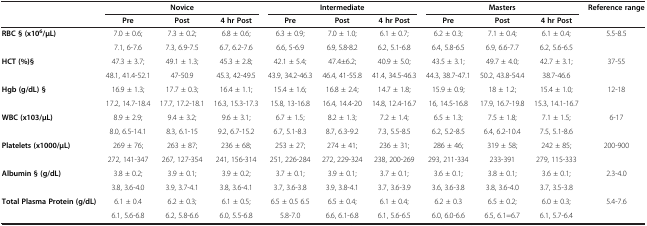
<table><thead><tr><td><b> </b></td><td><b> </b></td><td><b>Novice</b></td><td><b> </b></td><td><b> </b></td><td><b>Intermediate</b></td><td><b> </b></td><td><b> </b></td><td><b>Masters</b></td><td><b> </b></td><td><b>Reference range</b></td></tr><tr><td><b> </b></td><td><b>Pre</b></td><td><b>Post</b></td><td><b>4 hr Post</b></td><td><b>Pre</b></td><td><b>Post</b></td><td><b>4 hr Post</b></td><td><b>Pre</b></td><td><b>Post</b></td><td><b>4 hr Post</b></td><td><b> </b></td></tr></thead><tbody><tr><td rowspan="2"><b>RBC § (x10</b><sup><b>6</b></sup><b>/μL)</b></td><td>7.0 ± 0.6;</td><td>7.3 ± 0.2;</td><td>6.8 ± 0.6;</td><td>6.3 ± 0.9;</td><td>7.0 ± 1.0;</td><td>6.1 ± 0.7;</td><td>6.2 ± 0.3;</td><td>7.1 ± 0.4;</td><td>6.1 ± 0.4;</td><td rowspan="2">5.5-8.5</td></tr><tr><td>7.1, 6-7.6</td><td>7.3, 6.9-7.5</td><td>6.7, 6.2-7.6</td><td>6.6, 5-6.9</td><td>6.9, 5.8-8.2</td><td>6.2, 5.1-6.8</td><td>6.4, 5.8-6.5</td><td>6.9, 6.6-7.7</td><td>6.2, 5.6-6.5</td></tr><tr><td rowspan="2"><b>HCT (%)§</b></td><td>47.3 ± 3.7;</td><td>49.1 ± 1.3;</td><td>45.3 ± 2.8;</td><td>42.1 ± 5.4;</td><td>47.4±6.2;</td><td>40.9 ± 5.0;</td><td>43.5 ± 3.1;</td><td>49.7 ± 4.0;</td><td>42.7 ± 3.1;</td><td rowspan="2">37-55</td></tr><tr><td>48.1, 41.4-52.1</td><td>47-50.9</td><td>45.3, 42-49.5</td><td>43.9, 34.2-46.3</td><td>46.4, 41-55.8</td><td>41.4, 34.5-46.3</td><td>44.3, 38.7-47.1</td><td>50.2, 43.8-54.4</td><td>38.7-46.6</td></tr><tr><td rowspan="2"><b>Hgb (g/dL) §</b></td><td>16.9 ± 1.3;</td><td>17.7 ± 0.3;</td><td>16.4 ± 1.1;</td><td>15.4 ± 1.6;</td><td>16.8 ± 2.4;</td><td>14.7 ± 1.8;</td><td>15.9 ± 0.9;</td><td>18 ± 1.2;</td><td>15.4 ± 1.0;</td><td rowspan="2">12-18</td></tr><tr><td>17.2, 14.7-18.4</td><td>17.7, 17.2-18.1</td><td>16.3, 15.3-17.3</td><td>15.8, 13-16.8</td><td>16.4, 14.4-20</td><td>14.8, 12.4-16.7</td><td>16, 14.5-16.8</td><td>17.9, 16.7-19.8</td><td>15.3, 14.1-16.7</td></tr><tr><td rowspan="2"><b>WBC (x103/μL)</b></td><td>8.9 ± 2.9;</td><td>9.4 ± 3.2;</td><td>9.6 ± 3.1;</td><td>6.7 ± 1.5;</td><td>8.2 ± 1.3;</td><td>7.2 ± 1.4;</td><td>6.5 ± 1.3;</td><td>7.5 ± 1.8;</td><td>7.1 ± 1.5;</td><td rowspan="2">6-17</td></tr><tr><td>8.0, 6.5-14.1</td><td>8.3, 6.1-15</td><td>9.2, 6.7-15.2</td><td>6.7, 5.1-8.3</td><td>8.7, 6.3-9.2</td><td>7.3, 5.5-8.5</td><td>6.2, 5.2-8.5</td><td>6.4, 6.2-10.4</td><td>7.5, 5.1-8.6</td></tr><tr><td rowspan="2"><b>Platelets (x1000/μL)</b></td><td>269 ± 76;</td><td>263 ± 87;</td><td>236 ± 68;</td><td>253 ± 27;</td><td>274 ± 41;</td><td>236 ± 31;</td><td>286 ± 46;</td><td>319 ± 58;</td><td>242 ± 85;</td><td rowspan="2">200-900</td></tr><tr><td>272, 141-347</td><td>267, 127-354</td><td>241, 156-314</td><td>251, 226-284</td><td>272, 229-324</td><td>238, 200-269</td><td>293, 211-334</td><td>233-391</td><td>279, 115-333</td></tr><tr><td rowspan="2"><b>Albumin § (g/dL)</b></td><td>3.8 ± 0.2;</td><td>3.9 ± 0.1;</td><td>3.9 ± 0.2;</td><td>3.7 ± 0.1;</td><td>3.9 ± 0.1;</td><td>3.7 ± 0.1;</td><td>3.6 ± 0.1;</td><td>3.8 ± 0.1;</td><td>3.6 ± 0.1;</td><td rowspan="2">2.3-4.0</td></tr><tr><td>3.8, 3.6-4.0</td><td>3.9, 3.7-4.1</td><td>3.8, 3.6-4.1</td><td>3.7, 3.6-3.8</td><td>3.9, 3.8-4.1</td><td>3.7, 3.6-3.9</td><td>3.6, 3.6-3.8</td><td>3.8, 3.6-4.0</td><td>3.7, 3.5-3.8</td></tr><tr><td><b>Total Plasma Protein (g/dL)</b></td><td>6.1 ± 0.4</td><td>6.2 ± 0.3;</td><td>6.1 ± 0.5;</td><td>6.5 ± 0.5 6.5</td><td>6.5 ± 0.4;</td><td>6.1 ± 0.4;</td><td>6.2 ± 0.3</td><td>6.5 ± 0.2;</td><td>6.0 ± 0.3;</td><td>5.4-7.6</td></tr><tr><td> </td><td>6.1, 5.6-6.8</td><td>6.2, 5.8-6.6</td><td>6.0, 5.5-6.8</td><td>5.8-7.0</td><td>6.6, 6.1-6.8</td><td>6.1, 5.6-6.5</td><td>6.0, 6.0-6.6</td><td>6.5, 6.1=6.7</td><td>6.1, 5.7-6.4</td><td> </td></tr></tbody></table>